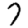
Digit: 7